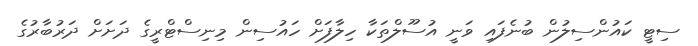
ސިޓީ ކައުންސިލުން ބުނެފައި ވަނީ އުސޫލްތަކާ ހިލާފަށް ހައުސިން މިނިސްޓްރީގެ ދަށަށް ދަރުބާރުގެ